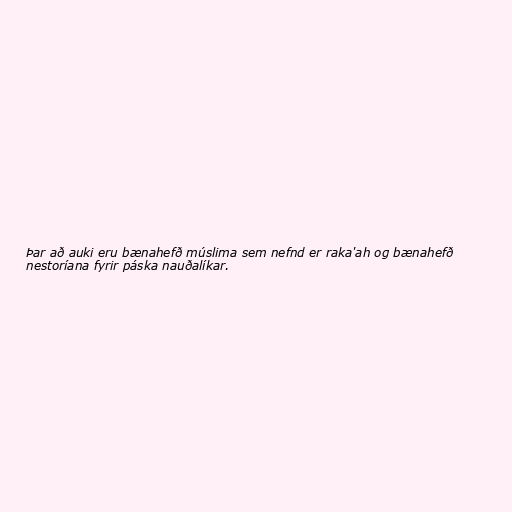
Þar að auki eru bænahefð múslima sem nefnd er raka'ah og bænahefð
nestoríana fyrir páska nauðalíkar.